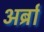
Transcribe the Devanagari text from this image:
अर्ब्रा